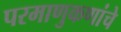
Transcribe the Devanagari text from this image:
परमाणुकणांचे